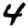
Digit: 4